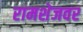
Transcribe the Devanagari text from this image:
रामशेजवर